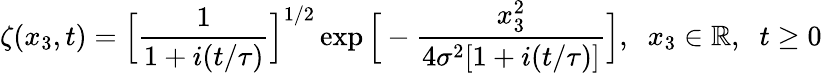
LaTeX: \zeta(x_{3},t)=\Big[\frac{1}{1+i(t/\tau)}\Big]^{1/2}\exp\Big[-\frac{x_{3}^{2}}{4\sigma^{2}[1+i(t/\tau)]}\Big],\; \; x_{3}\in\mathbb{R},\; \; t\geq 0